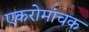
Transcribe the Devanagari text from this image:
एकरोमांचक